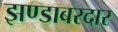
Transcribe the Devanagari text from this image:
झण्डाबरदार